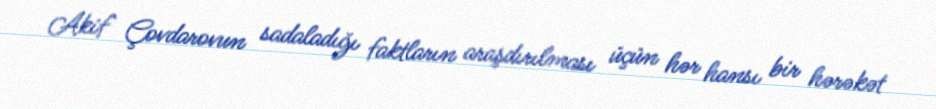
Akif Çovdarovun sadaladığı faktların araşdırılması üçün hər hansı bir hərəkət